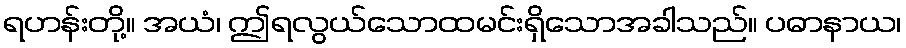
ရဟန်းတို့။ အယံ၊ ဤရလွယ်သောထမင်းရှိသောအခါသည်။ ပဓာနာယ၊